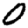
Digit: 0